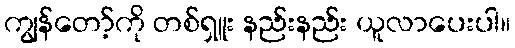
ကျွန်တော့်ကို တစ်ရှူး နည်းနည်း ယူလာပေးပါ။